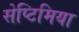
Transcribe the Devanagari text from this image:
सेप्टिमिया